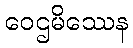
ဝေဌမိဿေန